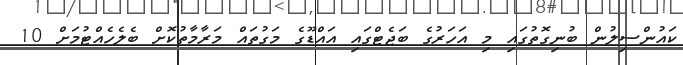
ކައުންސިލުން ބުނިގޮތުގައި މި އަހަރުގެ ބަޖެޓްގައި އައްޑޫގެ މަގުތައް މަރާމާތުކޮށް ބެލެހެއްޓުމަށް 10